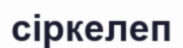
сіркелеп